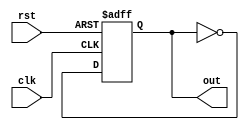
module my_tff(input clk, input rst, output reg out);
	always@(posedge clk, posedge rst)
		if (rst) out <= 1'b0;
		else out <= ~out;
endmodule